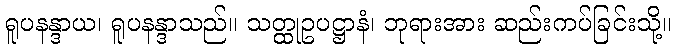
ရူပနန္ဒာယ၊ ရူပနန္ဒာသည်။ သတ္ထုဥပဋ္ဌာနံ၊ ဘုရားအား ဆည်းကပ်ခြင်းသို့။